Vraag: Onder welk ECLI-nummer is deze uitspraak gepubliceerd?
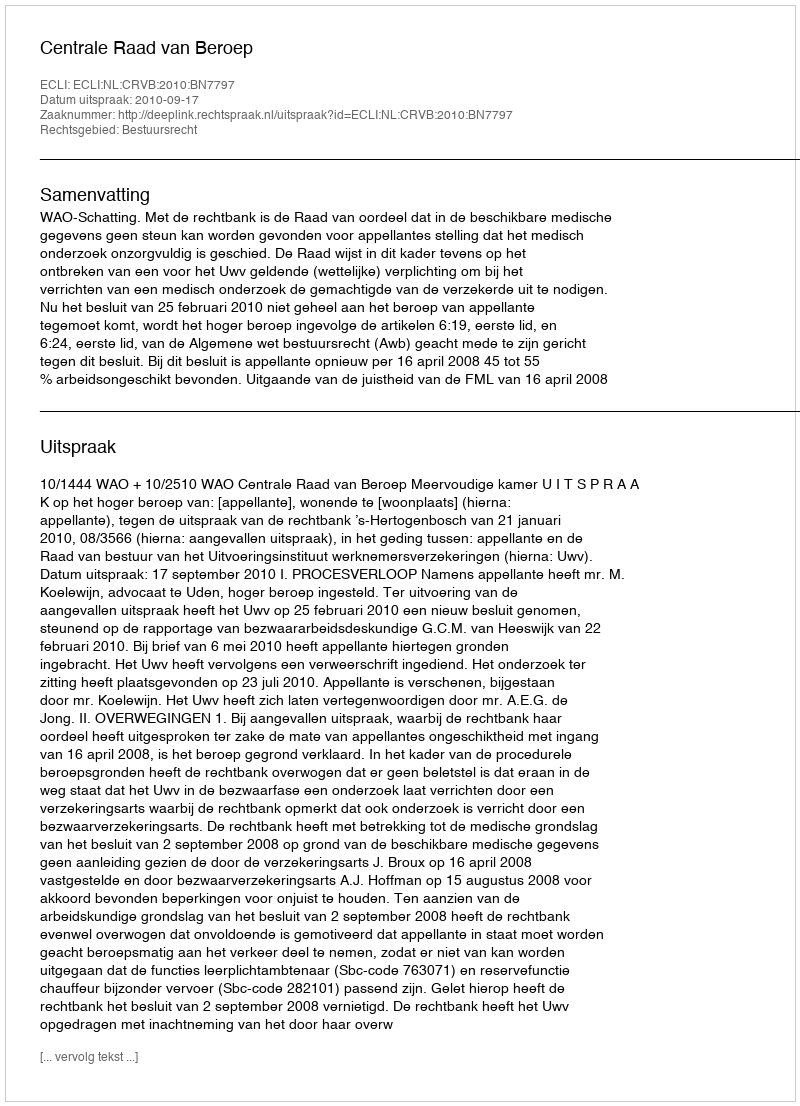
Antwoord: ECLI:NL:CRVB:2010:BN7797